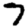
Digit: 7